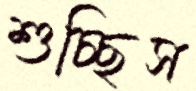
শুচ্ছিস